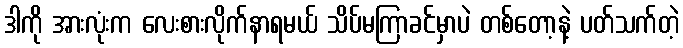
ဒါကို အားလုံးက လေးစားလိုက်နာရမယ် သိပ်မကြာခင်မှာပဲ တစ်တော့နဲ့ ပတ်သက်တဲ့